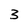
Character: 3